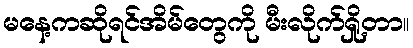
မနေ့ကဆိုရင်အိမ်တွေကို မီးလိုက်ရှို့တာ။